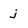
Character: j